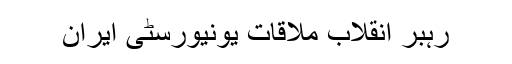
رہبر انقلاب ملاقات یونیورسٹی ایران